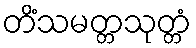
တိံသမတ္တသုတ္တံ